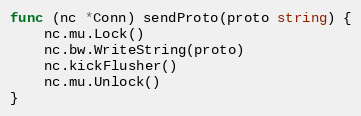
Language: Go
func (nc *Conn) sendProto(proto string) {
	nc.mu.Lock()
	nc.bw.WriteString(proto)
	nc.kickFlusher()
	nc.mu.Unlock()
}